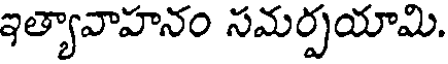
ఇత్యావాహనం సమర్పయామి.